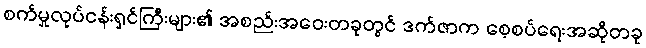
စက်မှုလုပ်ငန်းရှင်ကြီးများ၏ အစည်းအဝေးတခုတွင် ဒက်ဇာက စေ့စပ်ရေးအဆိုတခု